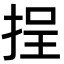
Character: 挰